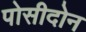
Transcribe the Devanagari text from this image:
पोसीदोन